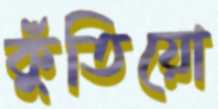
কুঁতিয়ো